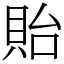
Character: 貽